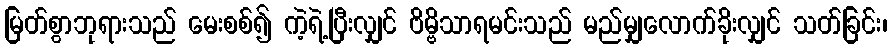
မြတ်စွာဘုရားသည် မေးစစ်၍ ကဲ့ရဲ့ပြီးလျှင် ဗိမ္ဗိသာရမင်းသည် မည်မျှလောက်ခိုးလျှင် သတ်ခြင်း၊